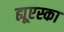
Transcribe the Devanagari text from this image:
ह्यूएस्का